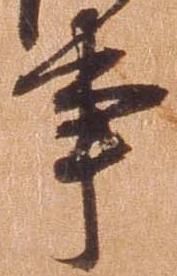
事